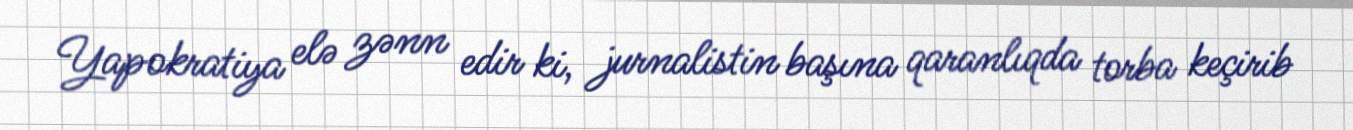
Yapokratiya elə zənn edir ki, jurnalistin başına qaranlıqda torba keçirib